Rae_vallavalitsus, lk 74
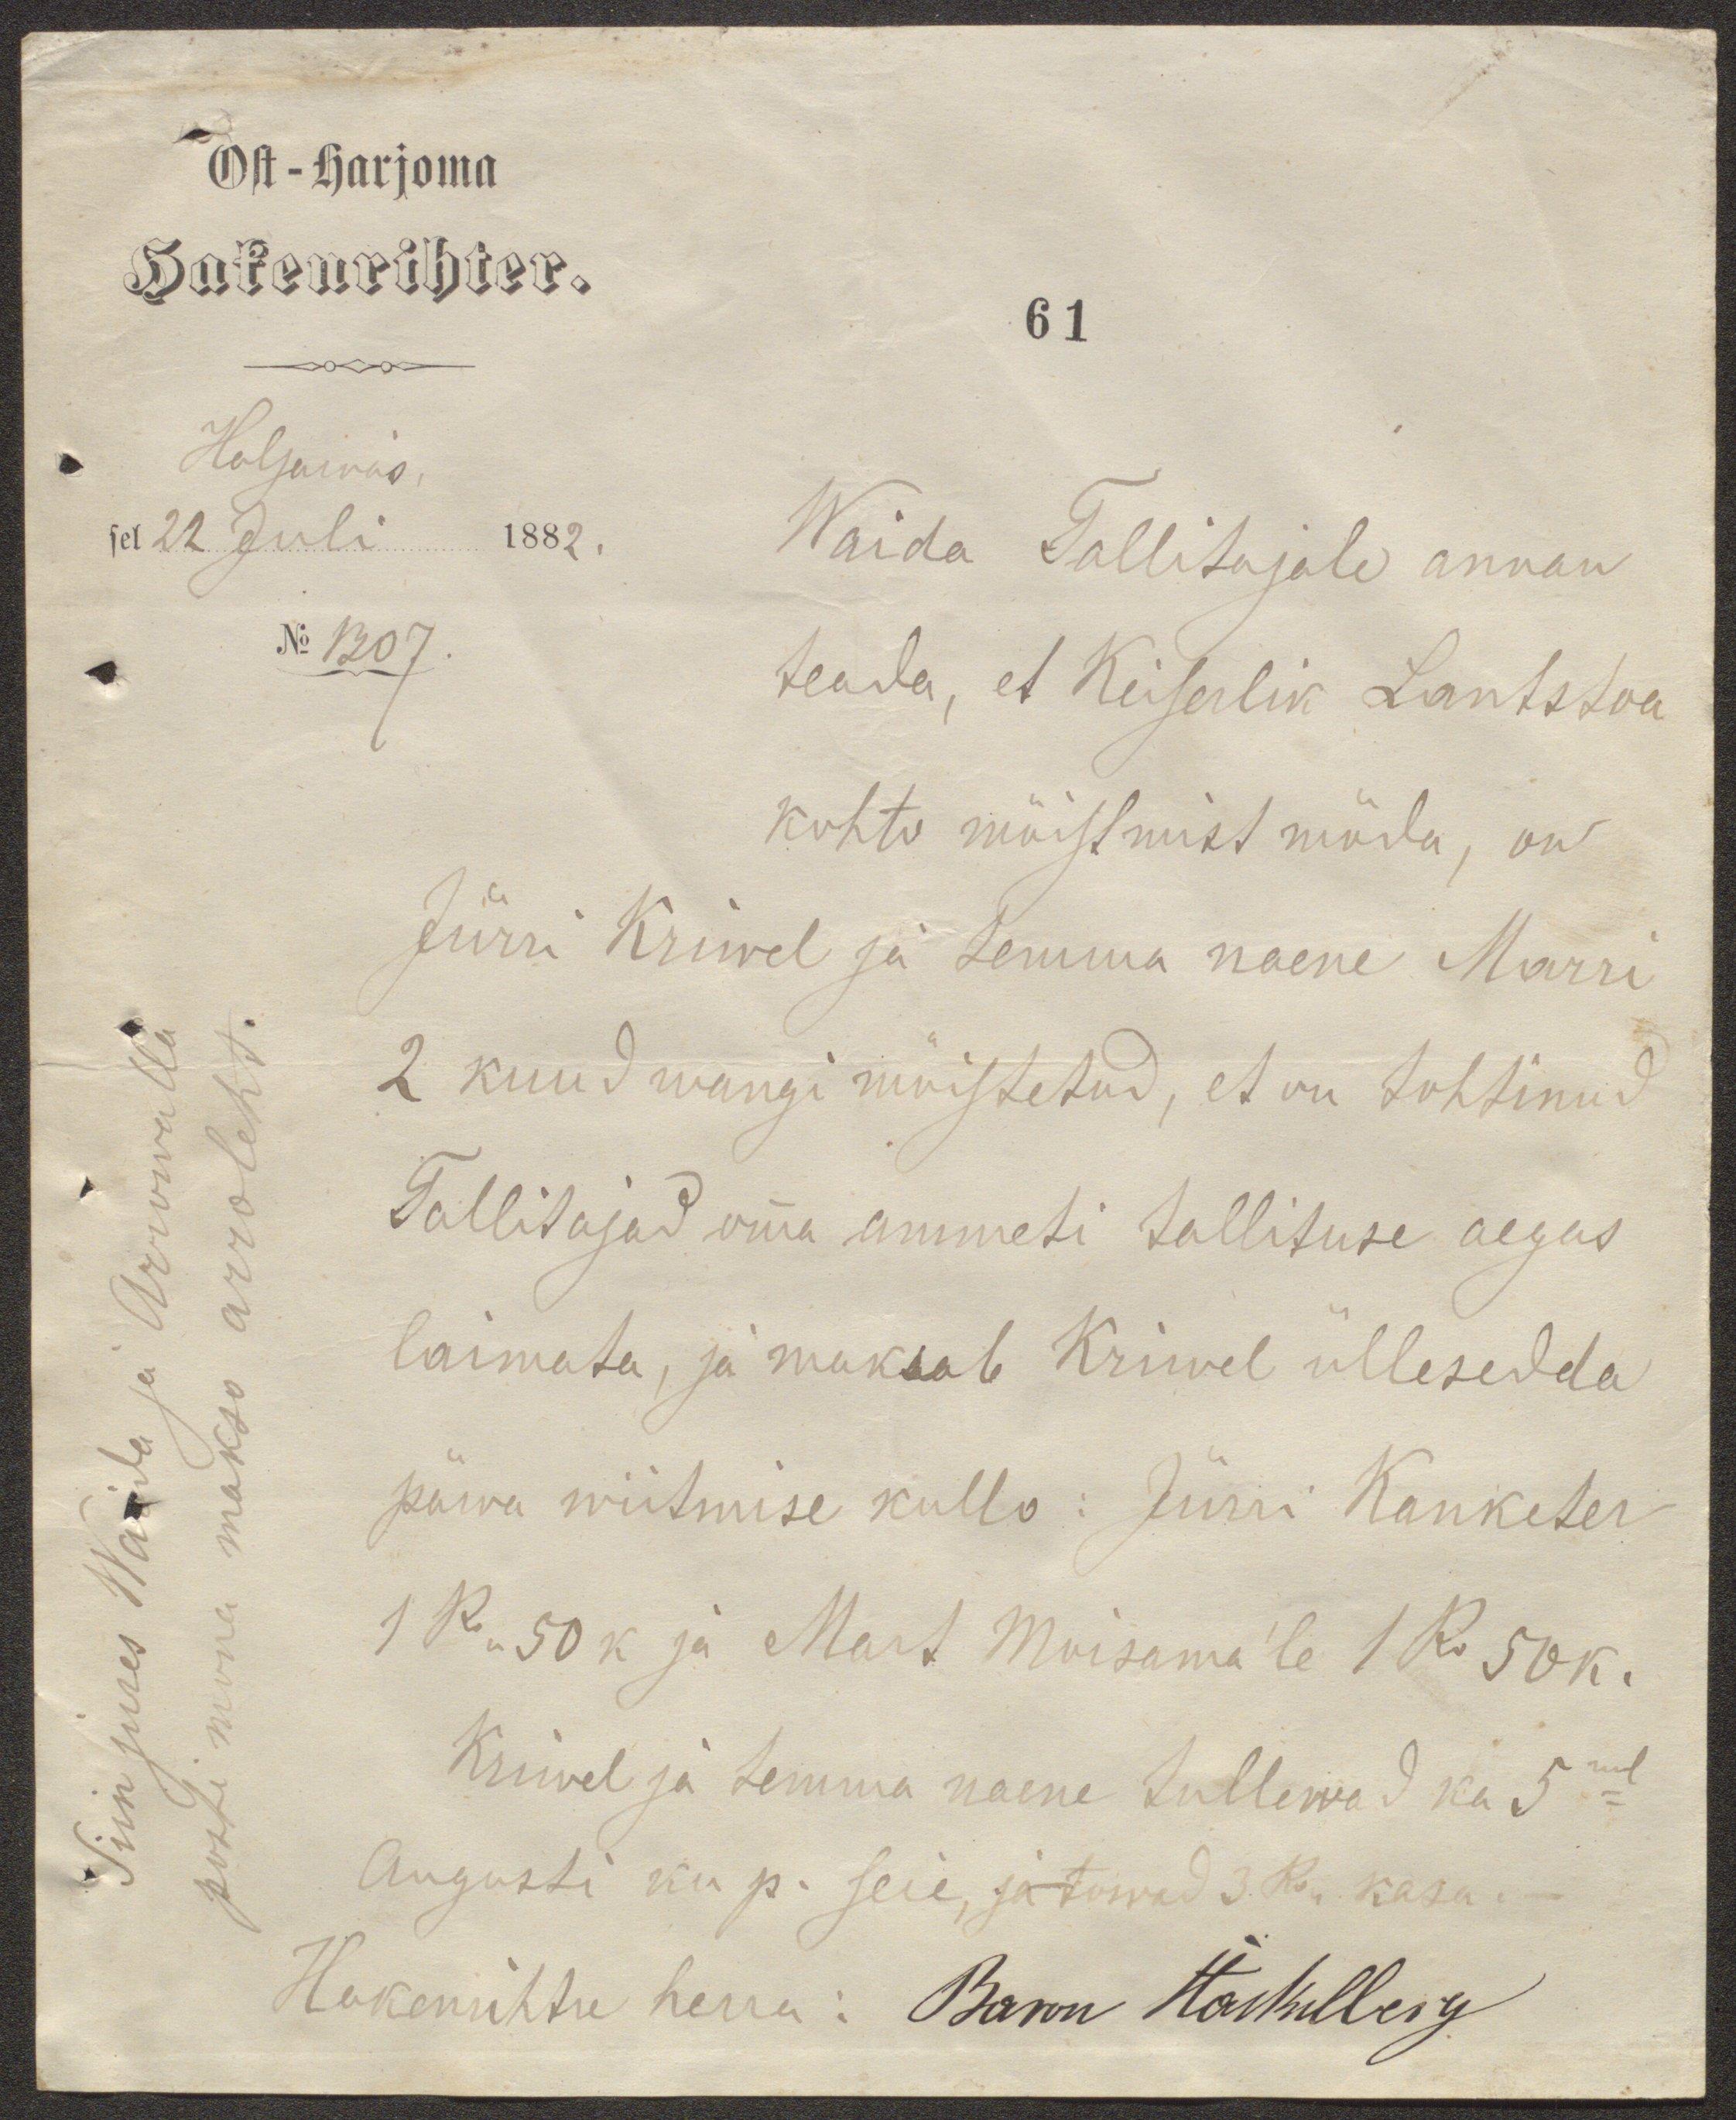
Ost-harjoma
Hakenrichter.
61
Haljawas
sel 22 Juli 1882.
No 1307.
Waida Tallitajale annan
teada, et Keiserlik Lantstoa
kohto mõistmist möda, on
Jürri Kriwel ja temma naene Marri
2 kuud wangi mõistetud, et on tohtinud
Tallitajad omma ammeti tallituse aegus
laimata, ja maksab Kriwel üllesedda
päwa wiitmise kullo: Jürri Kanketer
1 Ro 50 k ja Mart Moisama'le 1 Ro 50 k.
Kriwel ja temma naene tullewad ka 5mal
Augusti ku p. seie, ja towad 3 Ro kasa.
Hakenrihtre herra: Baron Stackelberg.
Siin jures Waida ja Arrowalla
posti mona makso arroleht.